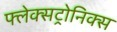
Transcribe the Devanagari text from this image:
फ्लेक्सट्रोनिक्स